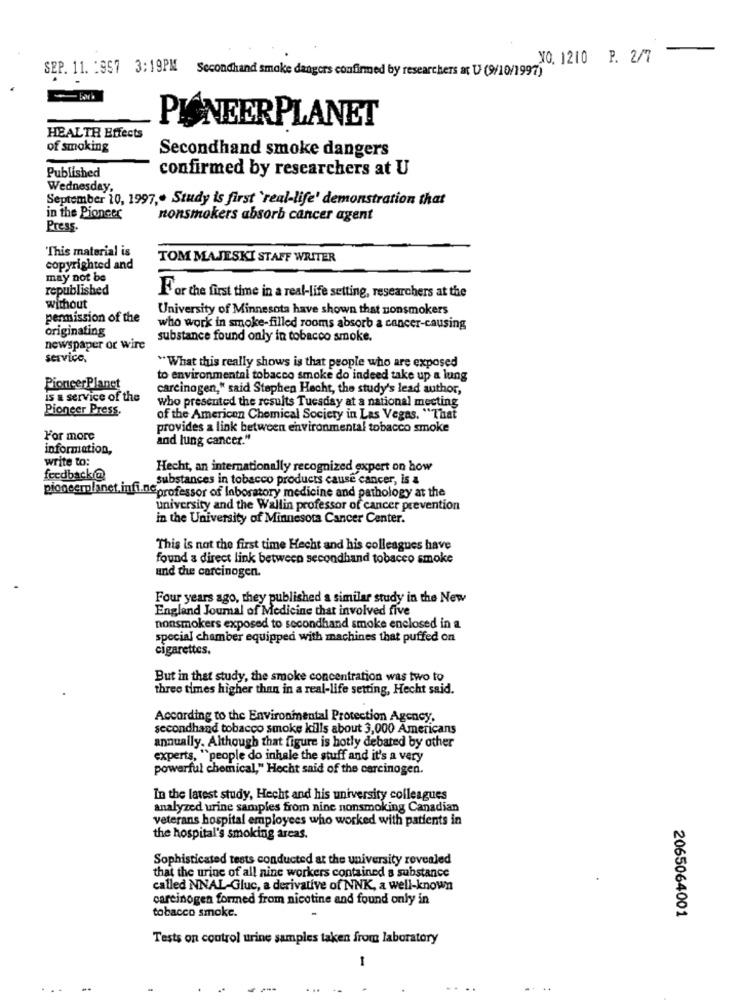
YO. 1210 P. 2/7
SEP. 11. : 957 3:19PM Secondhand smoke dangers confirmed by researchers ax U (9/10/1997)
PIONEERPLANET
HEALTH Effects
of smoking
Secondhand smoke dangers
confirmed by researchers at U
Published
Wednesday,
September 10, 1997 ,. Study is first 'real-life' demonstration that
in the Pioneer
nonsmokers absorb cancer agent
Press.
This material is
TOM MAJESKI STAFF WRITER
copyrighted and
may not be
republished
For the first time in a real-life setting, researchers at the
without
University of Minnesota have shown that nonsmokers
permission of the
originating
who work in smoke-filled rooms absorb a cancer-causing
substance found only in tobacco smoke.
newspaper or wire
servico.
"What this really shows is that people who are exposed
to environmental tobacco smoke do indeed take up a lung
PioneerPlanet
carcinogen," said Stephen Hecht, the study's lead author,
is & service of the
who presented the results Tuesday at a national meeting
Pioneer Press.
of the American Chemical Society in Las Vegas. "That
provides a link between environmental tobacco smoke
For more
and lung cancer."
information,
write to:
Hecht, an internationally recognized expert on how
feedback @
substances in tobacco products cause cancer, is a
pioneerplanet. infineprofessor of Inboratory medicine and pathology at the
university and the Wallin professor of cancer prevention
in the University of Minnesota Cancer Center.
This is not the first time Hecht and his colleagues have
found a direct link between secondhand tobacco smoke
and the carcinogen.
Four years ago, they published a similar study in the New
England Journal of Medicine that involved five
nonsmokers exposed to secondhand smoke enclosed in a
special chamber equipped with machines that puffed on
cigarettes.
But in that study, the smoke concentration was two to
three times higher than in a real-life setting, Hecht said.
According to the Environmental Protection Agency.
secondhand tobacco smoke kills about 3,000 Americans
annually. Although that figure is hotly debated by other
experts, "people do inhale the stuff and it's a very
powerful chemical," Hecht said of the carcinogen.
In the latest study, Hecht and his university colleagues
analyzed urine samples from nine nonsmoking Canadian
veterans hospital employees who worked with patients in
the hospital's smoking areas.
Sophisticated tests conducted at the university revealed
that the urine of all nine workers contained a substance
called NNAL-Gluc, a derivative of NNK, a well-known
carcinogen formed from nicotine and found only in
tobacco smoke.
2065064001
Tests on control urine samples taken from laboratory
-
..
. ..